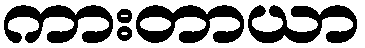
ကားတာယာ